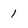
Character: I